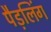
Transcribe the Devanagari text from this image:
पैड़लिंग